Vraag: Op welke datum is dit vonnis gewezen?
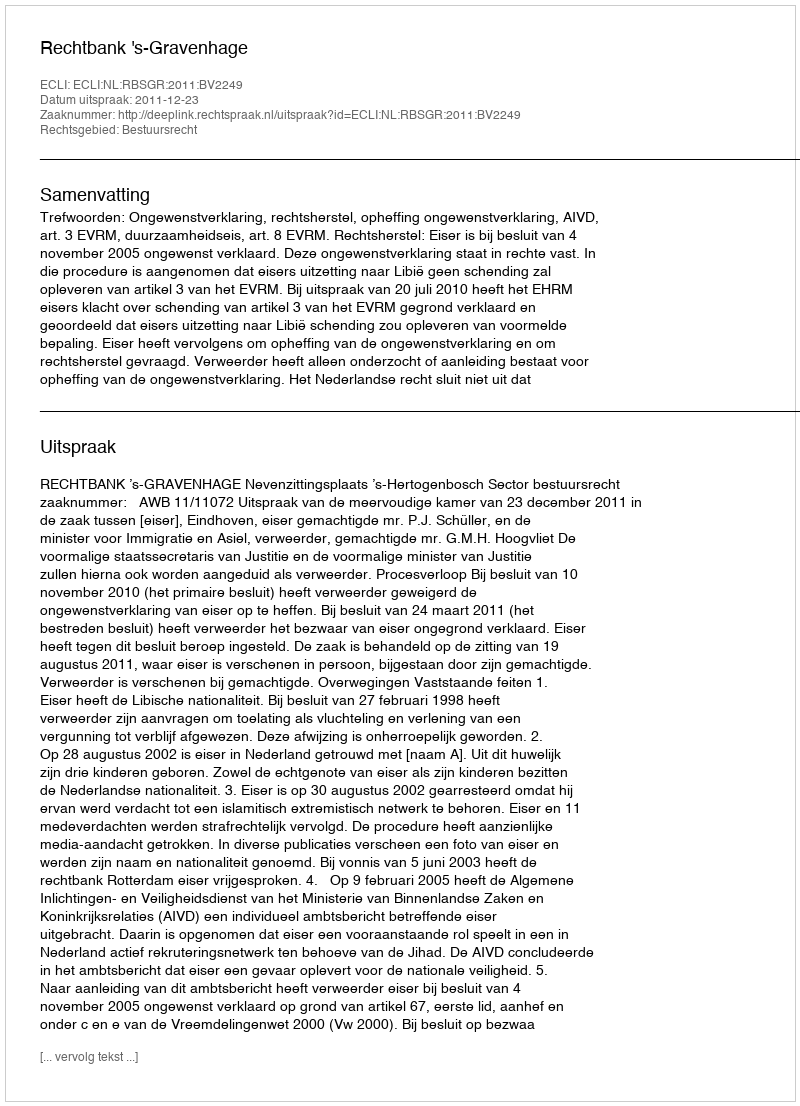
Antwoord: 2011-12-23